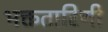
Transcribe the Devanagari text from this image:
भक्ततारिणी